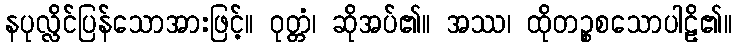
နပုလ္လိင်ပြန်သောအားဖြင့်။ ဝုတ္တံ၊ ဆိုအပ်၏။ အဿ၊ ထိုတဉ္စစသောပါဠိ၏။